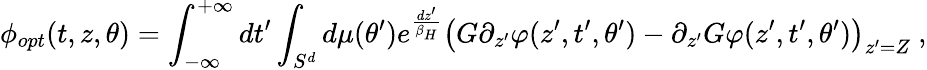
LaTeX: \phi_{opt}(t,z,\theta)=\int_{-\infty}^{+\infty}dt^{\prime}\int_{S^{d}}d\mu(\theta^{\prime})e^{\frac{dz^{\prime}}{\beta_{H}}}\left(G\partial_{z^{\prime}}\varphi(z^{\prime},t^{\prime},\theta^{\prime})-\partial_{z^{\prime}}G\varphi(z^{\prime},t^{\prime},\theta^{\prime})\right)_{z^{\prime}=Z}\ ,